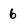
Character: 6